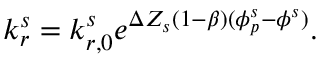
k _ { r } ^ { s } = k _ { r , 0 } ^ { s } e ^ { \Delta Z _ { s } ( 1 - \beta ) ( \phi _ { p } ^ { s } - \phi ^ { s } ) } .